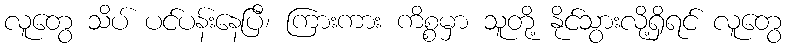
လူတွေ သိပ် ပင်ပန်းနေပြီ၊ ကြားကား ကိစ္စမှာ သူတို့ နိုင်သွားလို့ရှိရင် လူတွေ